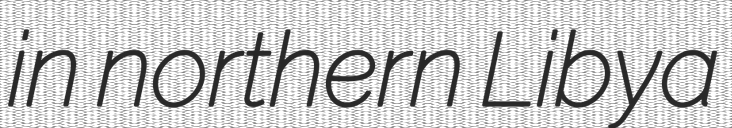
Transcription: in northern Libya